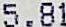
5.81